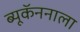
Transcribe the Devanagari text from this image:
ब्यूकॅननाला